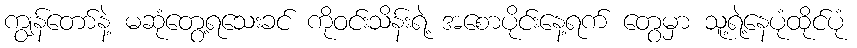
ကျွန်တော်နဲ့ မဆုံတွေ့ရသေးခင် ကိုဝင်းသိန်းရဲ့ အစောပိုင်းနေ့ရက် တွေမှာ သူ့ရဲ့နေပုံထိုင်ပုံ